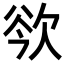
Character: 𣢲